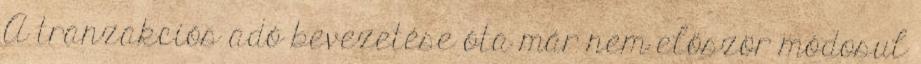
A tranzakciós adó bevezetése óta már nem először módosul